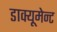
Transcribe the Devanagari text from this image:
डाक्यूमेन्ट